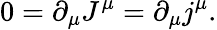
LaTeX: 0=\partial_{\mu}J^{\mu}=\partial_{\mu}j^{\mu}.